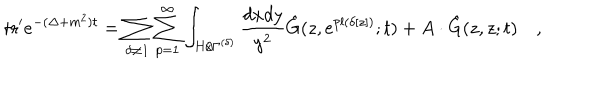
\mathrm { t r } ^ { \prime } e ^ { - ( \Delta + m ^ { 2 } ) t } = \sum _ { \delta \neq { \bf 1 } } \sum _ { p = 1 } ^ { \infty } \int _ { H / \Gamma ^ { ( \delta ) } } { \frac { d x d y } { y ^ { 2 } } } { \hat { G } } ( z , e ^ { p l ( \delta [ z ] ) } ; t ) + A \cdot { \hat { G } } ( z , z ; t ) \quad ,